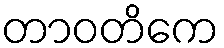
တာဝတိကေ